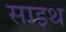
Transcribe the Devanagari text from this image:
साइथ